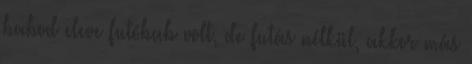
babod eleve futóbab volt, de futás nélkül, akkor más